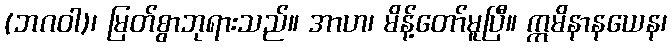
(ဘဂဝါ)၊ မြတ်စွာဘုရားသည်။ အာဟ၊ မိန့်တော်မူပြီ။ ဣမိနာနယေန၊